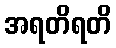
အရတိရတိ